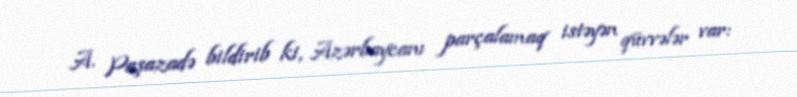
A. Paşazadə bildirib ki, Azərbaycanı parçalamaq istəyən qüvvələr var: